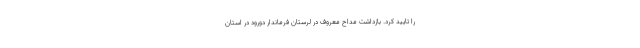
را تایید کرد. بازداشت مداح معروف در لرستان فرماندار دورود در استان